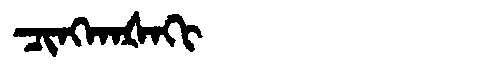
Manchu: ᠴᡳᠩᡴᠠᡧᠠᡴᡳ
Romanization: CINGKAŠAKI